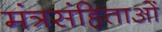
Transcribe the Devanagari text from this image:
मंत्रसंहिताओं